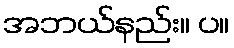
အဘယ်နည်း။ ပ။